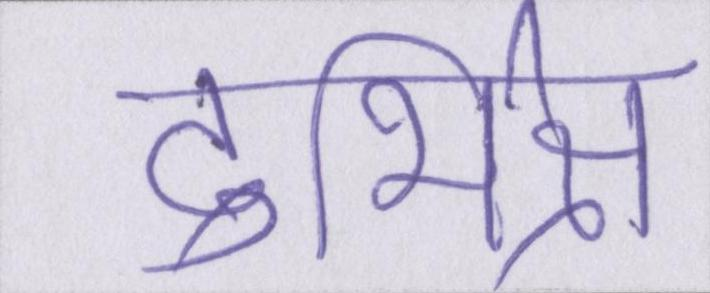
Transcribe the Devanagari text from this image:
दुर्भिक्ष